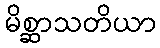
မိစ္ဆာသတိယာ